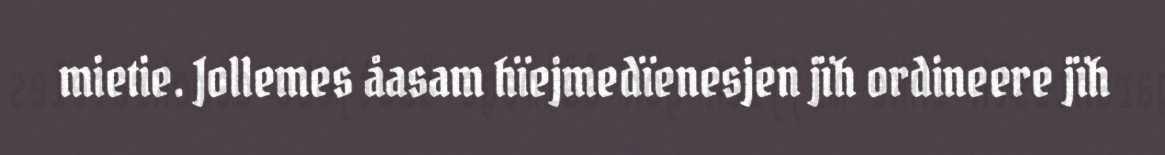
mietie. Jollemes åasam hïejmedïenesjen jïh ordineere jïh